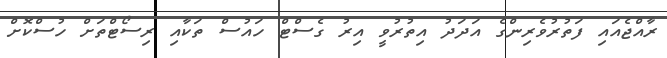
ރާއްޖެއައި ފަތުރުވެރިންގެ އަދަދު އިތުރުވީ އިރު ގެސްޓް ހައުސް ތަކާއި ރިސޯޓްތަށް ހުސްކޮށް